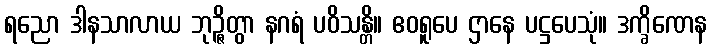
ရညော ဒါနသာလာယ ဘုဉ္ဇိတွာ နဂရံ ပဝိသန္တိ။ ဧဝရူပေ ဌာနေ ပဋ္ဌပေသုံ။ ဒက္ခိဏေန